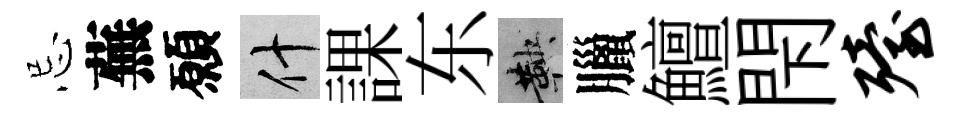
忌蕪願什課东鞅臘鱣閇殪